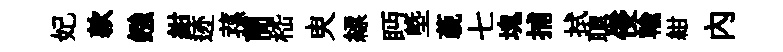
妃款鏹紺迹蓀蕳嵇㬰縹眄塈藐七塊捕拭聰侵輸紺内